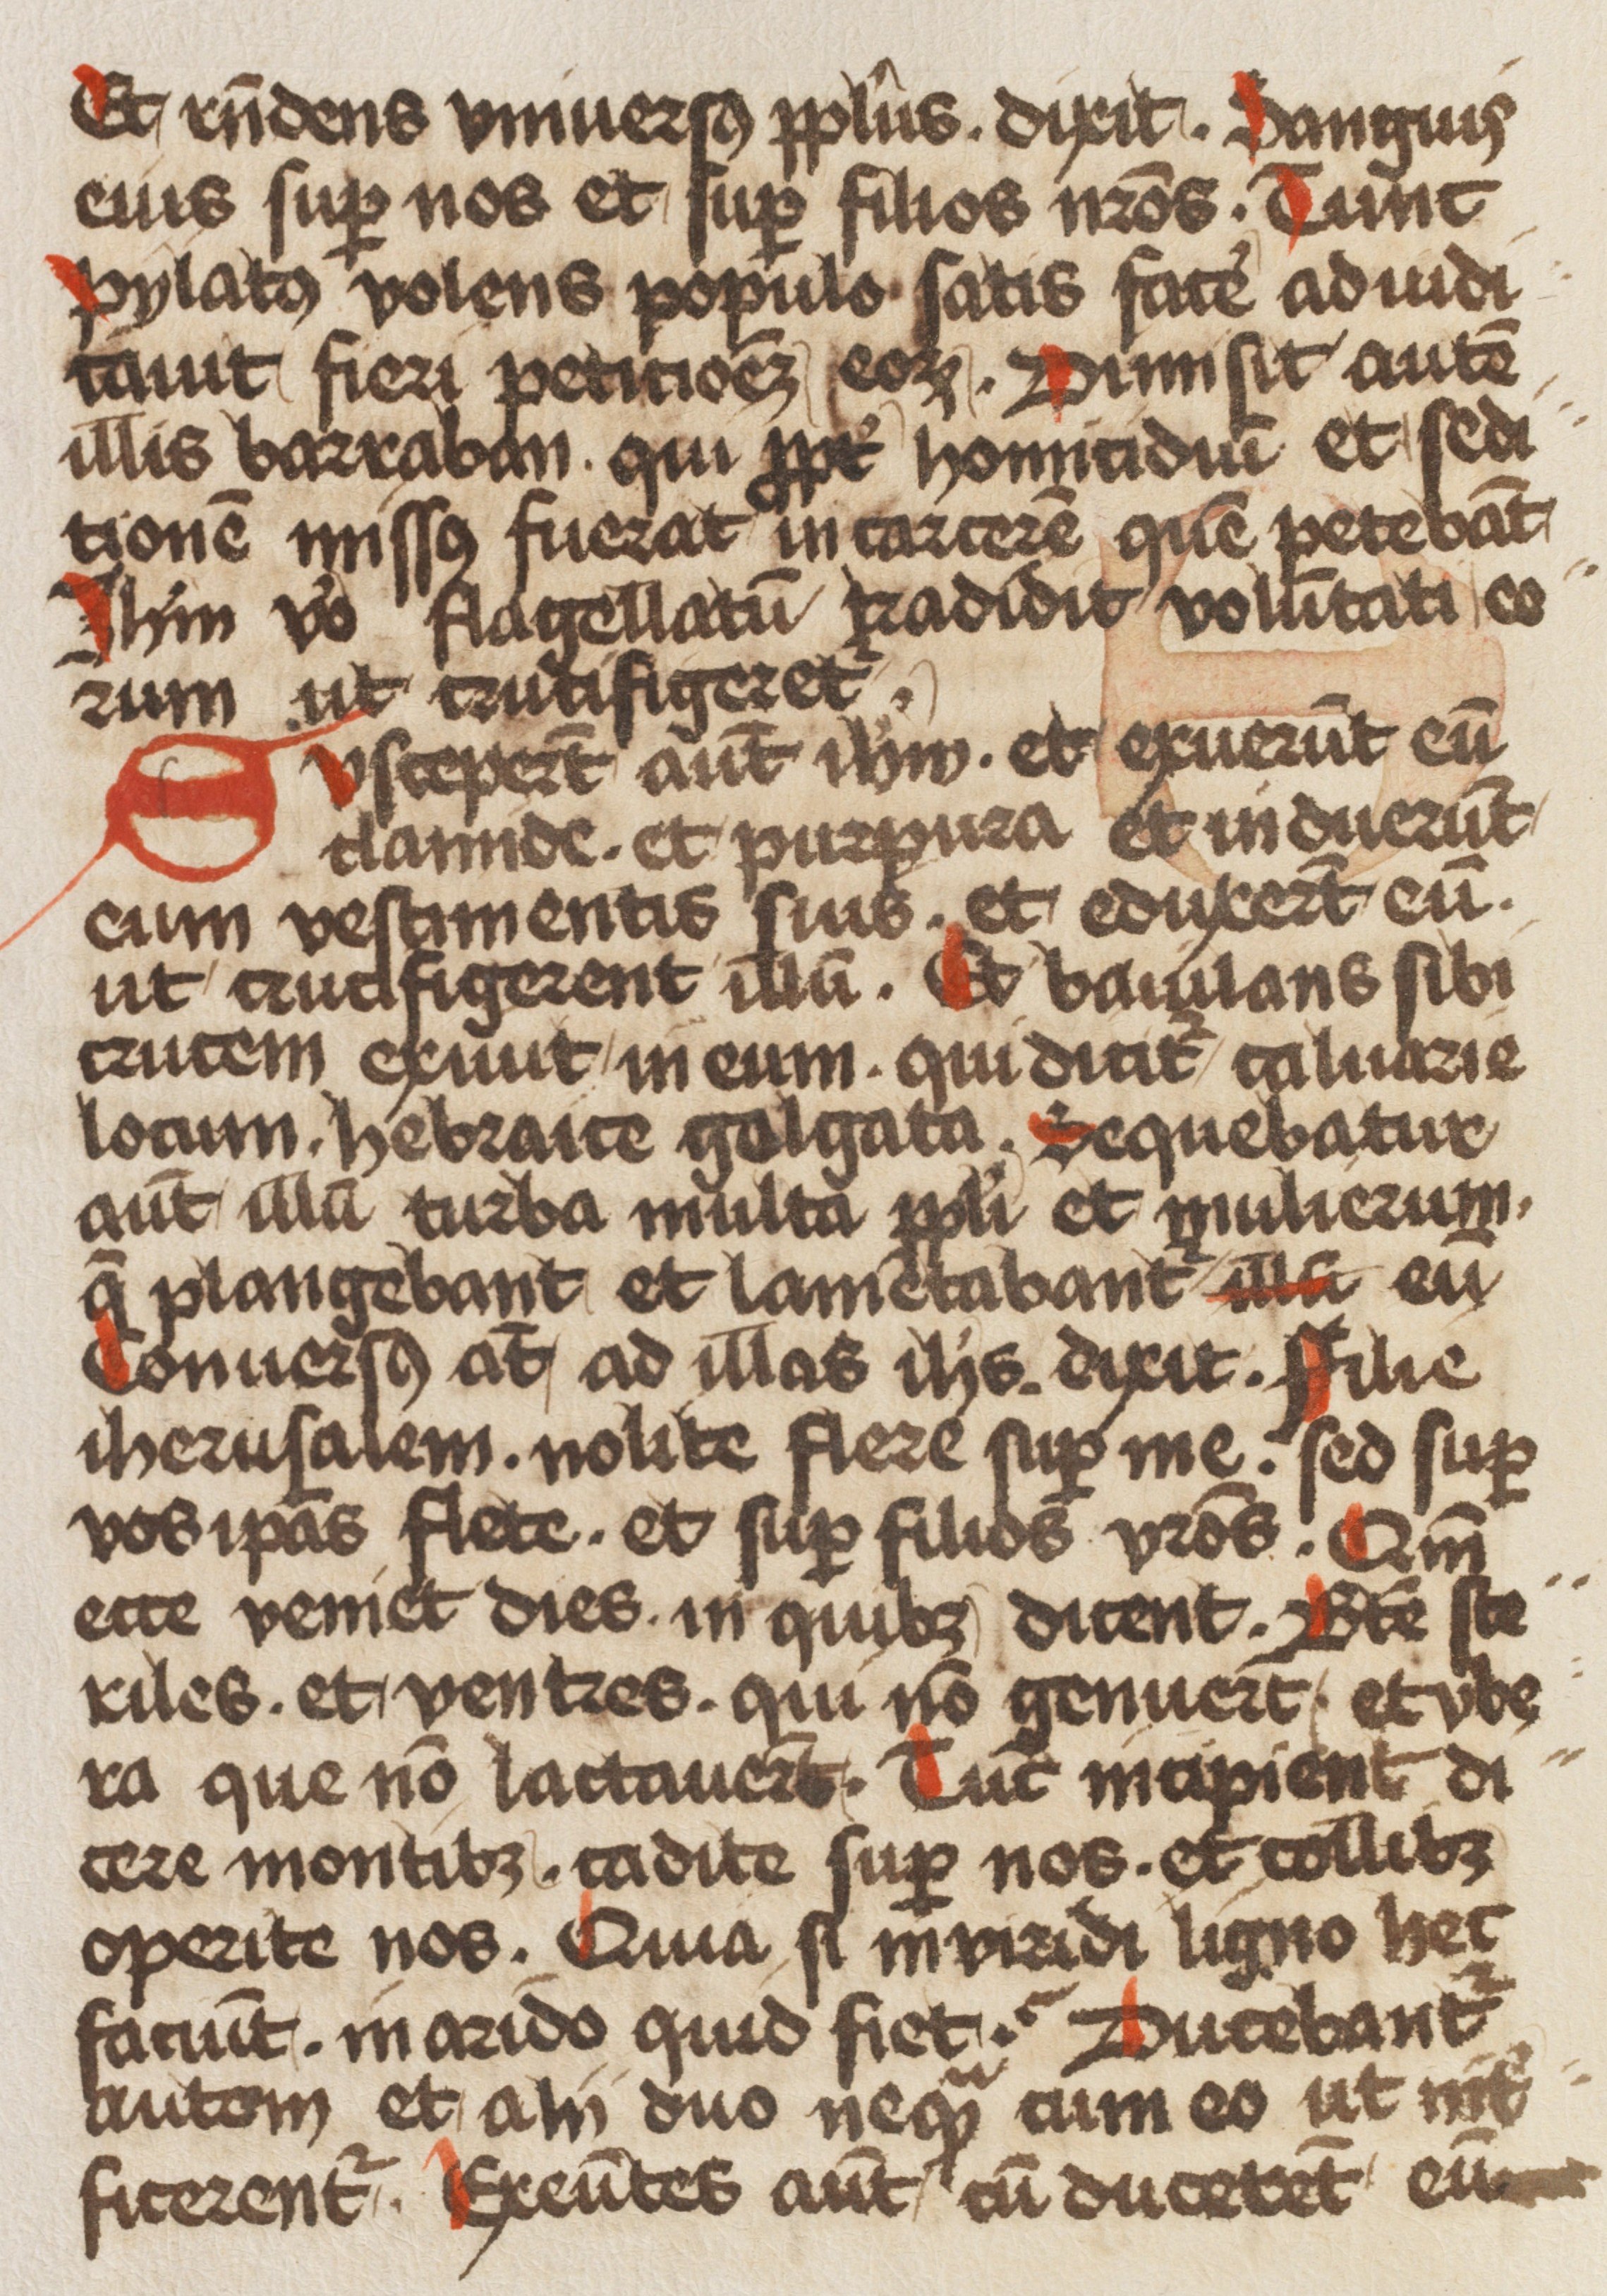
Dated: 1450–1499